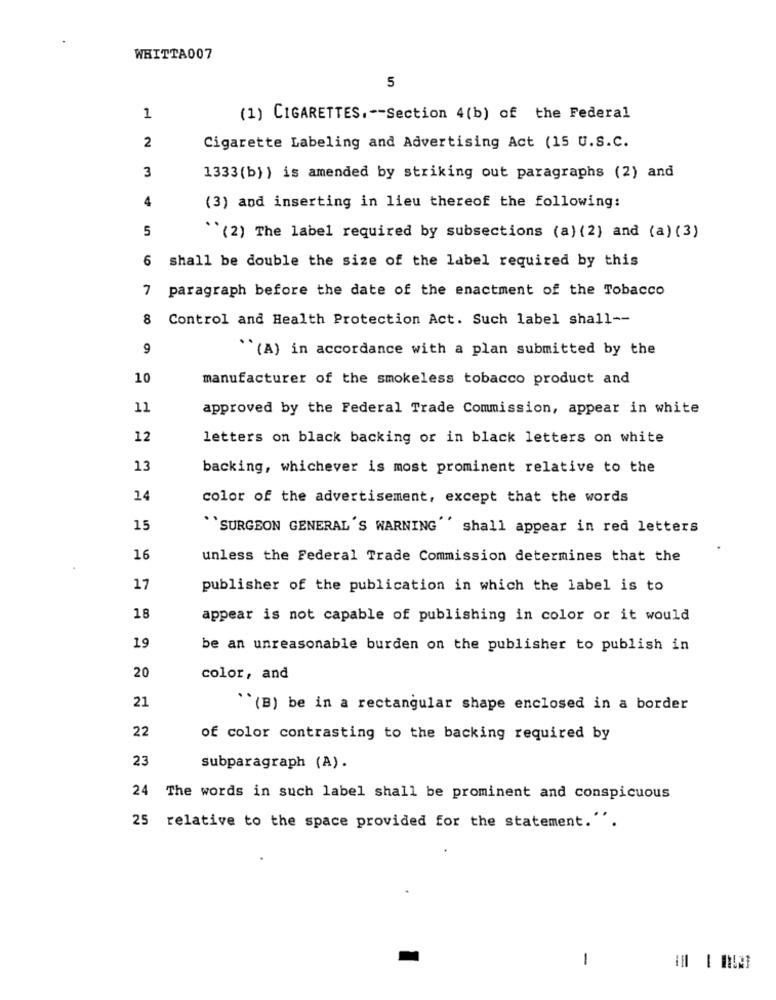
WHITTA007
5
1
(1) CIGARETTES. -- Section 4(b) of the Federal
2
Cigarette Labeling and Advertising Act (15 U.S.C.
3
1333(b) ) is amended by striking out paragraphs (2) and
4
(3) and inserting in lieu thereof the following:
5
``(2) The label required by subsections (a) (2) and (a) (3)
6 shall be double the size of the label required by this
7 paragraph before the date of the enactment of the Tobacco
8 Control and Health Protection Act. Such label shall --
9
``(A) in accordance with a plan submitted by the
10
manufacturer of the smokeless tobacco product and
11
approved by the Federal Trade Commission, appear in white
12
letters on black backing or in black letters on white
13
backing, whichever is most prominent relative to the
14
color of the advertisement, except that the words
15
``SURGEON GENERAL 'S WARNING shall appear in red letters
16
unless the Federal Trade Commission determines that the
17
publisher of the publication in which the label is to
18
appear is not capable of publishing in color or it would
19
be an unreasonable burden on the publisher to publish in
20
color, and
21
``(B) be in a rectangular shape enclosed in a border
22
of color contrasting to the backing required by
23
subparagraph (A).
24 The words in such label shall be prominent and conspicuous
25 relative to the space provided for the statement.".
-